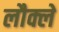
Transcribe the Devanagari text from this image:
लौक्ले